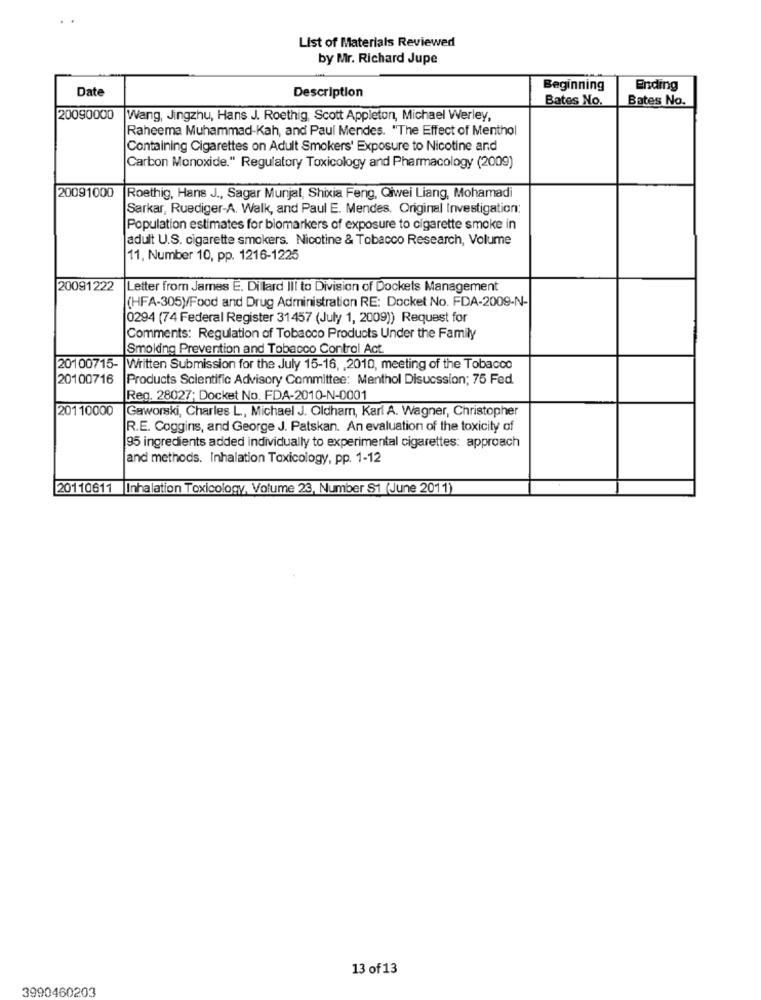
List of Materials Reviewed
by Mr. Richard Jupe
Date
Beginning
Ending
Description
Bates No.
Bates No.
20090000
Wang, Jingzhu, Hans J. Roethig, Scott Appleton, Michael Werley,
Raheema Muhammad-Kah, and Paul Mendes. "The Effect of Menthol
Containing Cigarettes on Adult Smokers' Exposure to Nicotine and
Carbon Monoxide." Regulatory Toxicology and Pharmacology (2009)
20091000
Roethig, Hans J ., Sagar Munjal, Shixia Feng, Qiwei Liang, Mohamadi
Sarkar, Ruediger-A. Walk, and Paul E. Mendes, Original Investigation;
Population estimates for biomarkers of exposure to cigarette smoke in
adult U.S. cigarette smokers. Nicotine & Tobacco Research, Volume
11, Number 10, pp. 1216-1225
20091222
Letter from James E. Dillard Ill to Division of Dockets Management
(HFA-305)/Food and Drug Administration RE: Docket No. FDA-2009-N-
0294 (74 Federal Register 31457 (July 1, 2009)) Request for
Comments: Regulation of Tobacco Products Under the Family
Smoking Prevention and Tobacco Control Act.
20100715- Written Submission for the July 15-16, , 2010, meeting of the Tobacco
20100716
Products Scientific Advisory Committee: Menthol Disucssion; 75 Fed.
Reg. 28027; Docket No. FDA-2010-N-0001
20110000
Gaworski, Charles L, Michael J. Oldham, Karl A. Wagner, Christopher
R.E. Coggins, and George J. Patskan. An evaluation of the toxicity of
95 ingredients added individually to experimental cigarettes: approach
and methods. Inhalation Toxicology, pp. 1-12
20110611 Inhalation Toxicology, Volume 23, Number S1 (June 2011)
13 of 13
3990460203